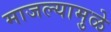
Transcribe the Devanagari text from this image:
माजल्यामुळे